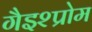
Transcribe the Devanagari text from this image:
गैइश्प्रोम